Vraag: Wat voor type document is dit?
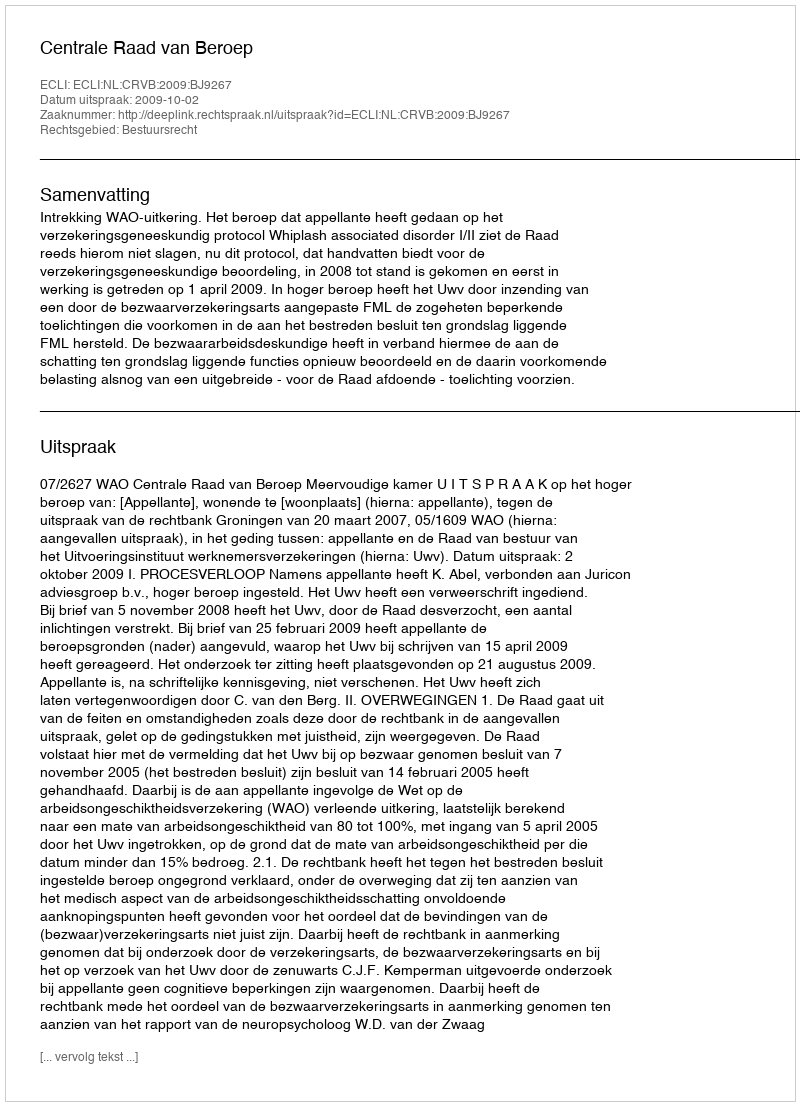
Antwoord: Uitspraak